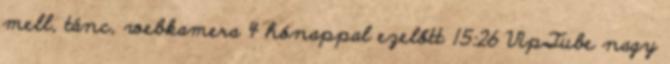
mell, tánc, webkamera 4 hónappal ezelőtt 15:26 VipTube nagy